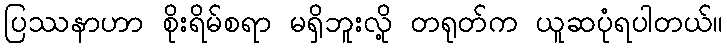
ပြဿနာဟာ စိုးရိမ်စရာ မရှိဘူးလို့ တရုတ်က ယူဆပုံရပါတယ်။